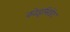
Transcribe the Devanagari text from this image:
कोइंसिडेंट